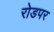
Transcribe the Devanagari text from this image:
रोडपर